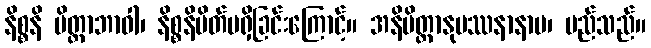
နိစ္စနိ မိတ္တာဘာဝါ၊ နိစ္စနိမိတ်မရှိခြင်းကြောင့်။ အနိမိတ္တာနုပဿနာနာမ၊ မည်သည်။